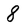
Character: 8